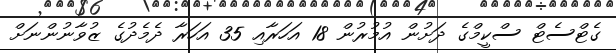
ގެޓްސެޓް ސްކީމްގެ ދަށުން އުމުރުން 18 އަހަރާއި 35 އަހަރާ ދެމެދުގެ ޒުވާނުންނަށް